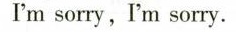
I'm sorry, I'm sorry.